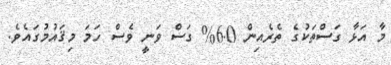
މާ އަޅާ ގަސްތަކުގެ ތެރެއިން 6.0% ގަސް ވަނީ ވެސް ހަމަ މިޤައުމުގައެވެ.